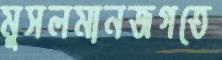
মুসলমানজগতে